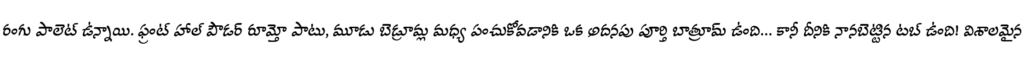
రంగు పాలెట్ ఉన్నాయి. ఫ్రంట్ హాల్ పౌడర్ రూమ్తో పాటు, మూడు బెడ్రూమ్ల మధ్య పంచుకోవడానికి ఒక అదనపు పూర్తి బాత్రూమ్ ఉంది... కానీ దీనికి నానబెట్టిన టబ్ ఉంది! విశాలమైన